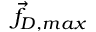
\vec { f } _ { D , m a x }